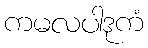
ကမလပါဒုကံ